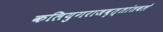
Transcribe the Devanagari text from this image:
कलियुगराजवृत्तांतवले